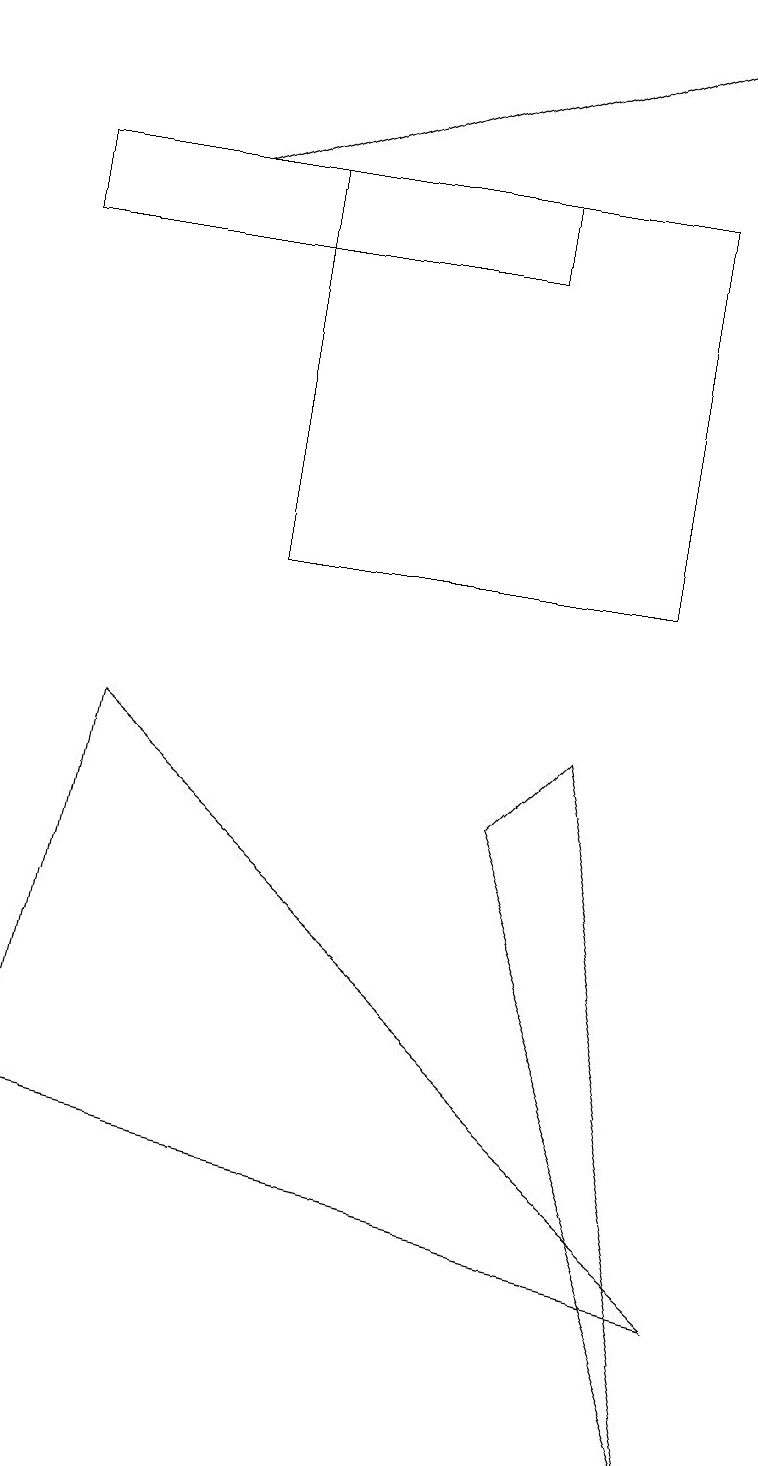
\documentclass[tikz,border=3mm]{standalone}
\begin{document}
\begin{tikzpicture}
\draw[->] (2,16) -- (8,18);
\draw (8,11) rectangle (3,16);
\draw (6,8) -- (9,0) -- (7,9) -- cycle;
\draw (0,15) rectangle (6,16);
\draw (1,9) -- (0,4) -- (9,2) -- cycle;
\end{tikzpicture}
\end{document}